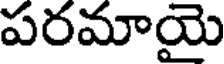
పరమాయై